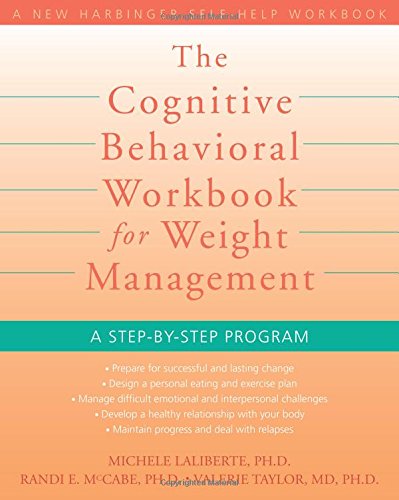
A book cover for The Cognitive Behavioral Workbook for Weight Management: A Step-by-Step Program (New Harbinger Self-Help Workbook); Michele Laliberte PhD; Self-Help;